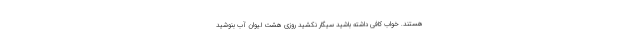
هستند. خواب کافی داشته باشید سیگار نکشید روزی هشت لیوان آب بنوشید